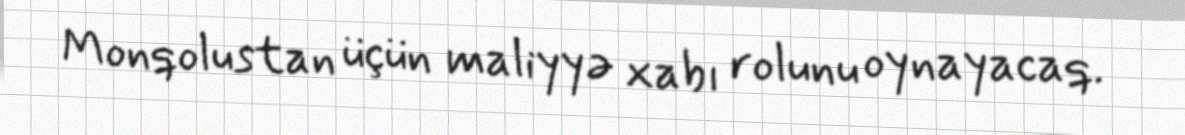
Monqolustan üçün maliyyə xabı rolunu oynayacaq.